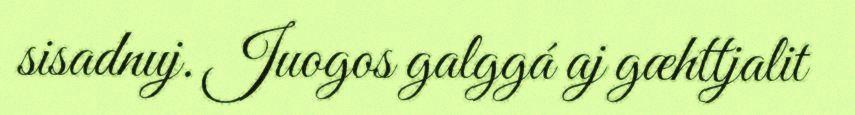
sisadnuj. Juogos galggá aj gæhttjalit